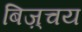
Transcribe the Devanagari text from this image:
बिज़्चय